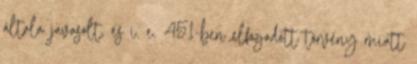
általa javasolt, és i. e. 451-ben elfogadott törvény miatt